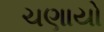
ચણાયો